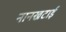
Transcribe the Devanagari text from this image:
नानखटाई